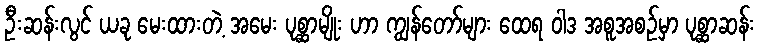
ဦးဆန်းလွင် ယခု မေးထားတဲ့ အမေး ပုစ္ဆာမျိုး ဟာ ကျွန်တော်များ ထေရ ဝါဒ အစူအစဉ်မှာ ပုစ္ဆာဆန်း